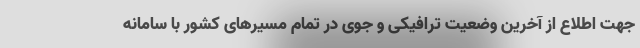
جهت اطلاع از آخرین وضعیت ترافیکی و جوی در تمام مسیرهای کشور با سامانه